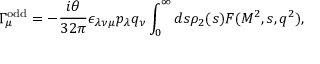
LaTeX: \Gamma _ { \mu } ^ { \mathrm { o d d } } = - { \frac { i \theta } { 3 2 \pi } } \epsilon _ { \lambda \nu \mu } p _ { \lambda } q _ { \nu } \int _ { 0 } ^ { \infty } d s \rho _ { 2 } ( s ) F ( M ^ { 2 } , s , q ^ { 2 } ) ,